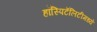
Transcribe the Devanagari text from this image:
हॉस्पिटॅलिटीमध्ये